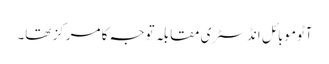
آٹوموبائل انڈسٹری مقابلہ توجہ کا مرکز تھا۔